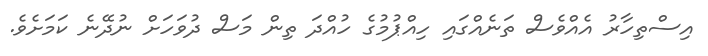
އިސްތިހާރު އެއްވެސް ތަނެއްގައި ހިއްޕުމުގެ ހުއްދަ ތިން މަސް ދުވަހަށް ނުދޭނެ ކަމަށެވެ.